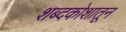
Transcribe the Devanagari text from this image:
शब्दकोशातून